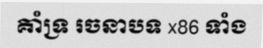
គាំទ្រ រចនាបទ x86 ទាំង